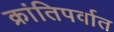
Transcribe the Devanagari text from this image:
क्रांतिपर्वात